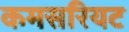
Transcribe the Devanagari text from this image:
कमसरियट